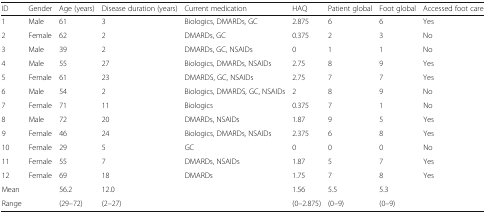
<table><thead><tr><td><b>ID</b></td><td><b>Gender</b></td><td><b>Age (years)</b></td><td><b>Disease duration (years)</b></td><td><b>Current medication</b></td><td><b>HAQ</b></td><td><b>Patient global</b></td><td><b>Foot global</b></td><td><b>Accessed foot care</b></td></tr></thead><tbody><tr><td>1</td><td>Male</td><td>61</td><td>3</td><td>Biologics, DMARDs, GC</td><td>2.875</td><td>6</td><td>6</td><td>Yes</td></tr><tr><td>2</td><td>Female</td><td>62</td><td>2</td><td>DMARDs, GC</td><td>0.375</td><td>2</td><td>3</td><td>No</td></tr><tr><td>3</td><td>Male</td><td>39</td><td>2</td><td>DMARDs, GC, NSAIDs</td><td>0</td><td>1</td><td>1</td><td>No</td></tr><tr><td>4</td><td>Male</td><td>55</td><td>27</td><td>Biologics, DMARDs, NSAIDs</td><td>2.75</td><td>8</td><td>9</td><td>Yes</td></tr><tr><td>5</td><td>Female</td><td>61</td><td>23</td><td>DMARDS, GC, NSAIDs</td><td>2.75</td><td>7</td><td>7</td><td>Yes</td></tr><tr><td>6</td><td>Male</td><td>54</td><td>2</td><td>Biologics, DMARDS, GC, NSAIDs</td><td>2</td><td>8</td><td>9</td><td>No</td></tr><tr><td>7</td><td>Female</td><td>71</td><td>11</td><td>Biologics</td><td>0.375</td><td>7</td><td>1</td><td>No</td></tr><tr><td>8</td><td>Male</td><td>72</td><td>20</td><td>DMARDs, NSAIDs</td><td>1.87</td><td>9</td><td>5</td><td>Yes</td></tr><tr><td>9</td><td>Female</td><td>46</td><td>24</td><td>Biologics, DMARDs, NSAIDs</td><td>2.375</td><td>6</td><td>8</td><td>Yes</td></tr><tr><td>10</td><td>Female</td><td>29</td><td>5</td><td>GC</td><td>0</td><td>0</td><td>0</td><td>No</td></tr><tr><td>11</td><td>Female</td><td>55</td><td>7</td><td>DMARDs, NSAIDs</td><td>1.87</td><td>5</td><td>7</td><td>Yes</td></tr><tr><td>12</td><td>Female</td><td>69</td><td>18</td><td>DMARDs</td><td>1.75</td><td>7</td><td>8</td><td>Yes</td></tr><tr><td>Mean</td><td></td><td>56.2</td><td>12.0</td><td></td><td>1.56</td><td>5.5</td><td>5.3</td><td></td></tr><tr><td>Range</td><td></td><td>(29–72)</td><td>(2–27)</td><td></td><td>(0–2.875)</td><td>(0–9)</td><td>(0–9)</td><td></td></tr></tbody></table>